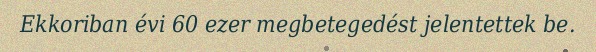
Ekkoriban évi 60 ezer megbetegedést jelentettek be.